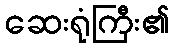
ဆေးရုံကြီး၏